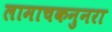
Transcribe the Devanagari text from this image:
लामाचकनुनरा